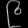
Digit: ၉